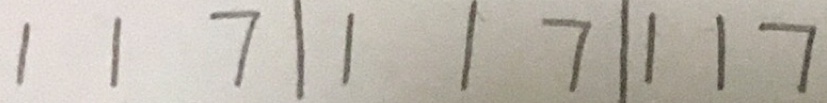
1 1 7 \vert 1 1 7 \vert 1 1 7